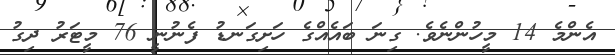
އެންމެ 14 މީހުންނެވެ. ގިނަ ބައެއްގެ ހަށިގަނޑު ފެނުނީ 76 މީޓަރު ދިގު